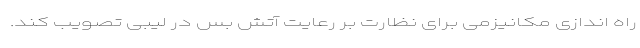
راه اندازی مکانیزمی برای نظارت بر رعایت آتش بس در لیبی تصویب کند.